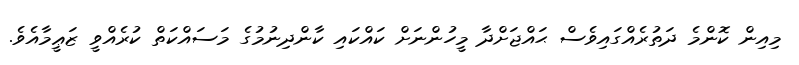
މިއިން ކޮންމެ ދަތުރެއްގައިވެސް ޙައްޖަށްދާ މީހުންނަށް ކައްކައި ކާންދިނުމުގެ މަސައްކަތް ކުރެއްވީ ޒަޢީމާއެވެ.